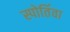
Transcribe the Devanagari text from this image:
स्पोर्तिवा